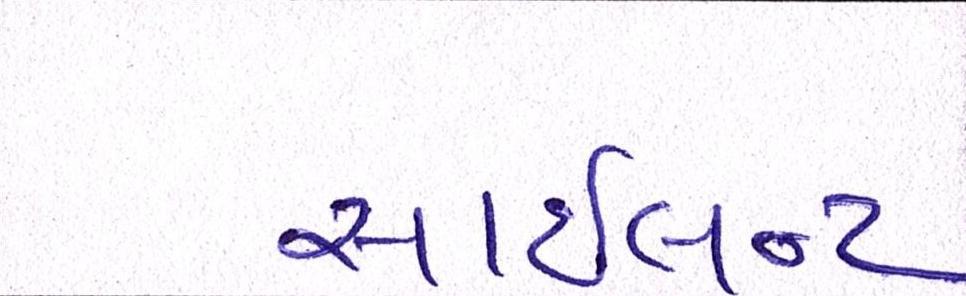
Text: સાઇલન્ટ